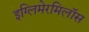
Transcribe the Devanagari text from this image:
इग्लिमेरमिलॉस